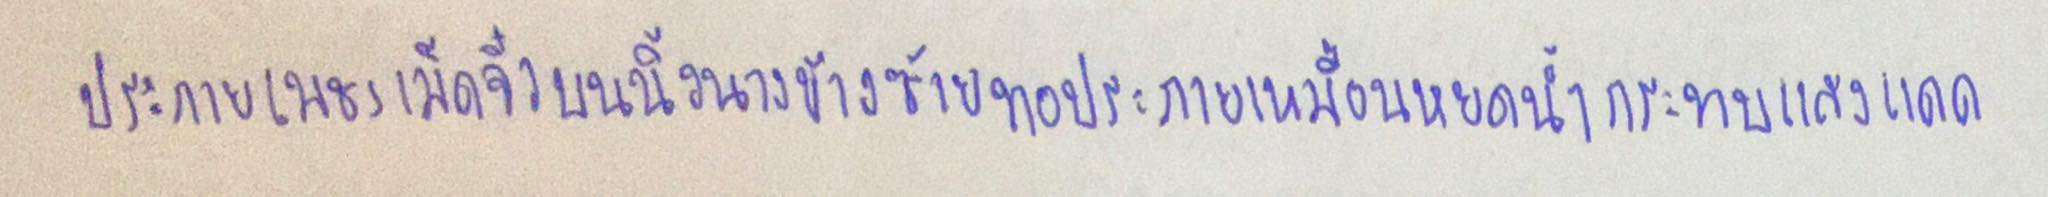
ประกายเพชรเม็ดจิ๋วบนนิ้วนางซ้ายทอประกายเหมือนหยดน้ำกระทบแสงแดด